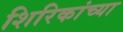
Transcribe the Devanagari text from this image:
शिरिकांच्या